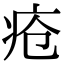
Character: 疮